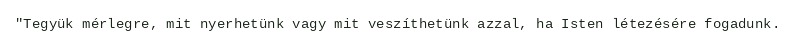
"Tegyük mérlegre, mit nyerhetünk vagy mit veszíthetünk azzal, ha Isten létezésére fogadunk.